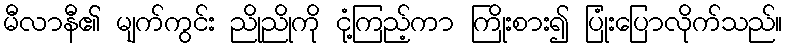
မီလာနီ၏ မျက်ကွင်း ညိုညိုကို ငုံ့ကြည့်ကာ ကြိုးစား၍ ပြုံးပြောလိုက်သည်။